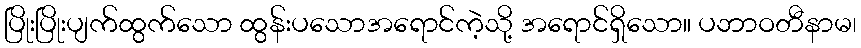
ပြိုးပြိုးပျက်ထွက်သော ထွန်းပသောအရောင်ကဲ့သို့ အရောင်ရှိသော။ ပဘာဝတီနာမ၊